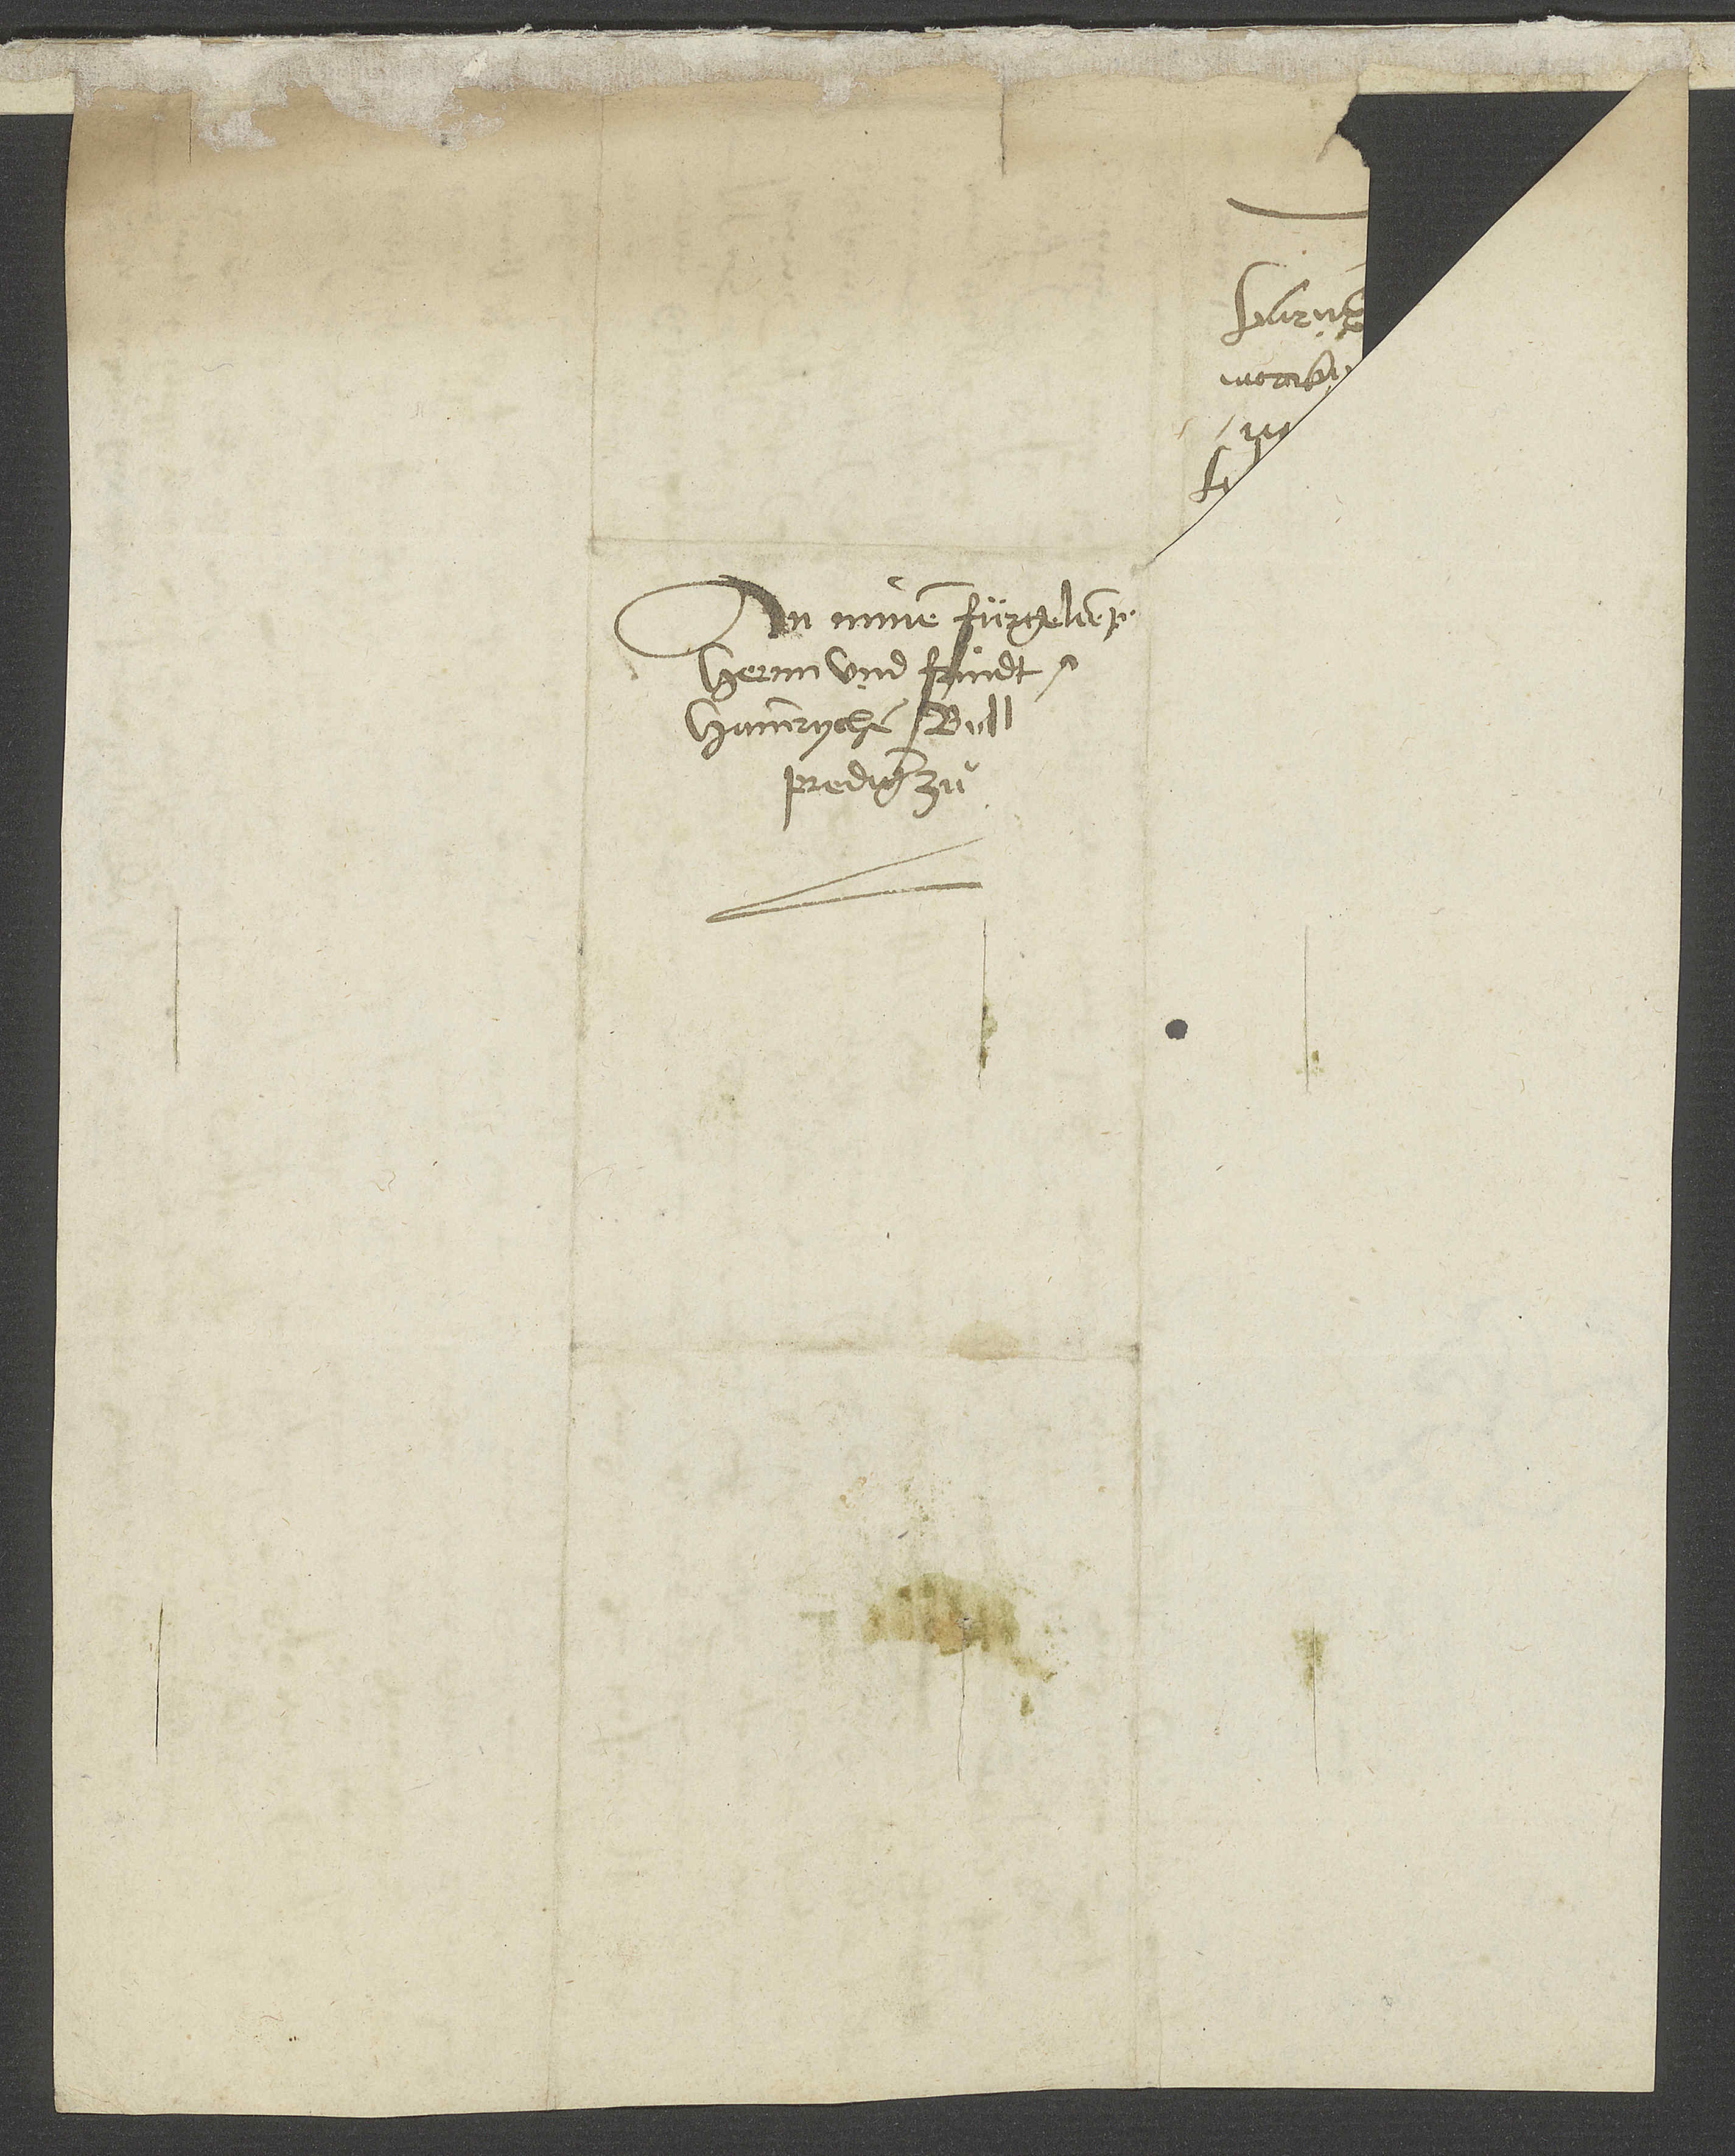
An minen fürgeliepten
hernn und frindt M.
Hainrychen
prediger zuͦ